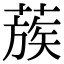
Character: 蔟